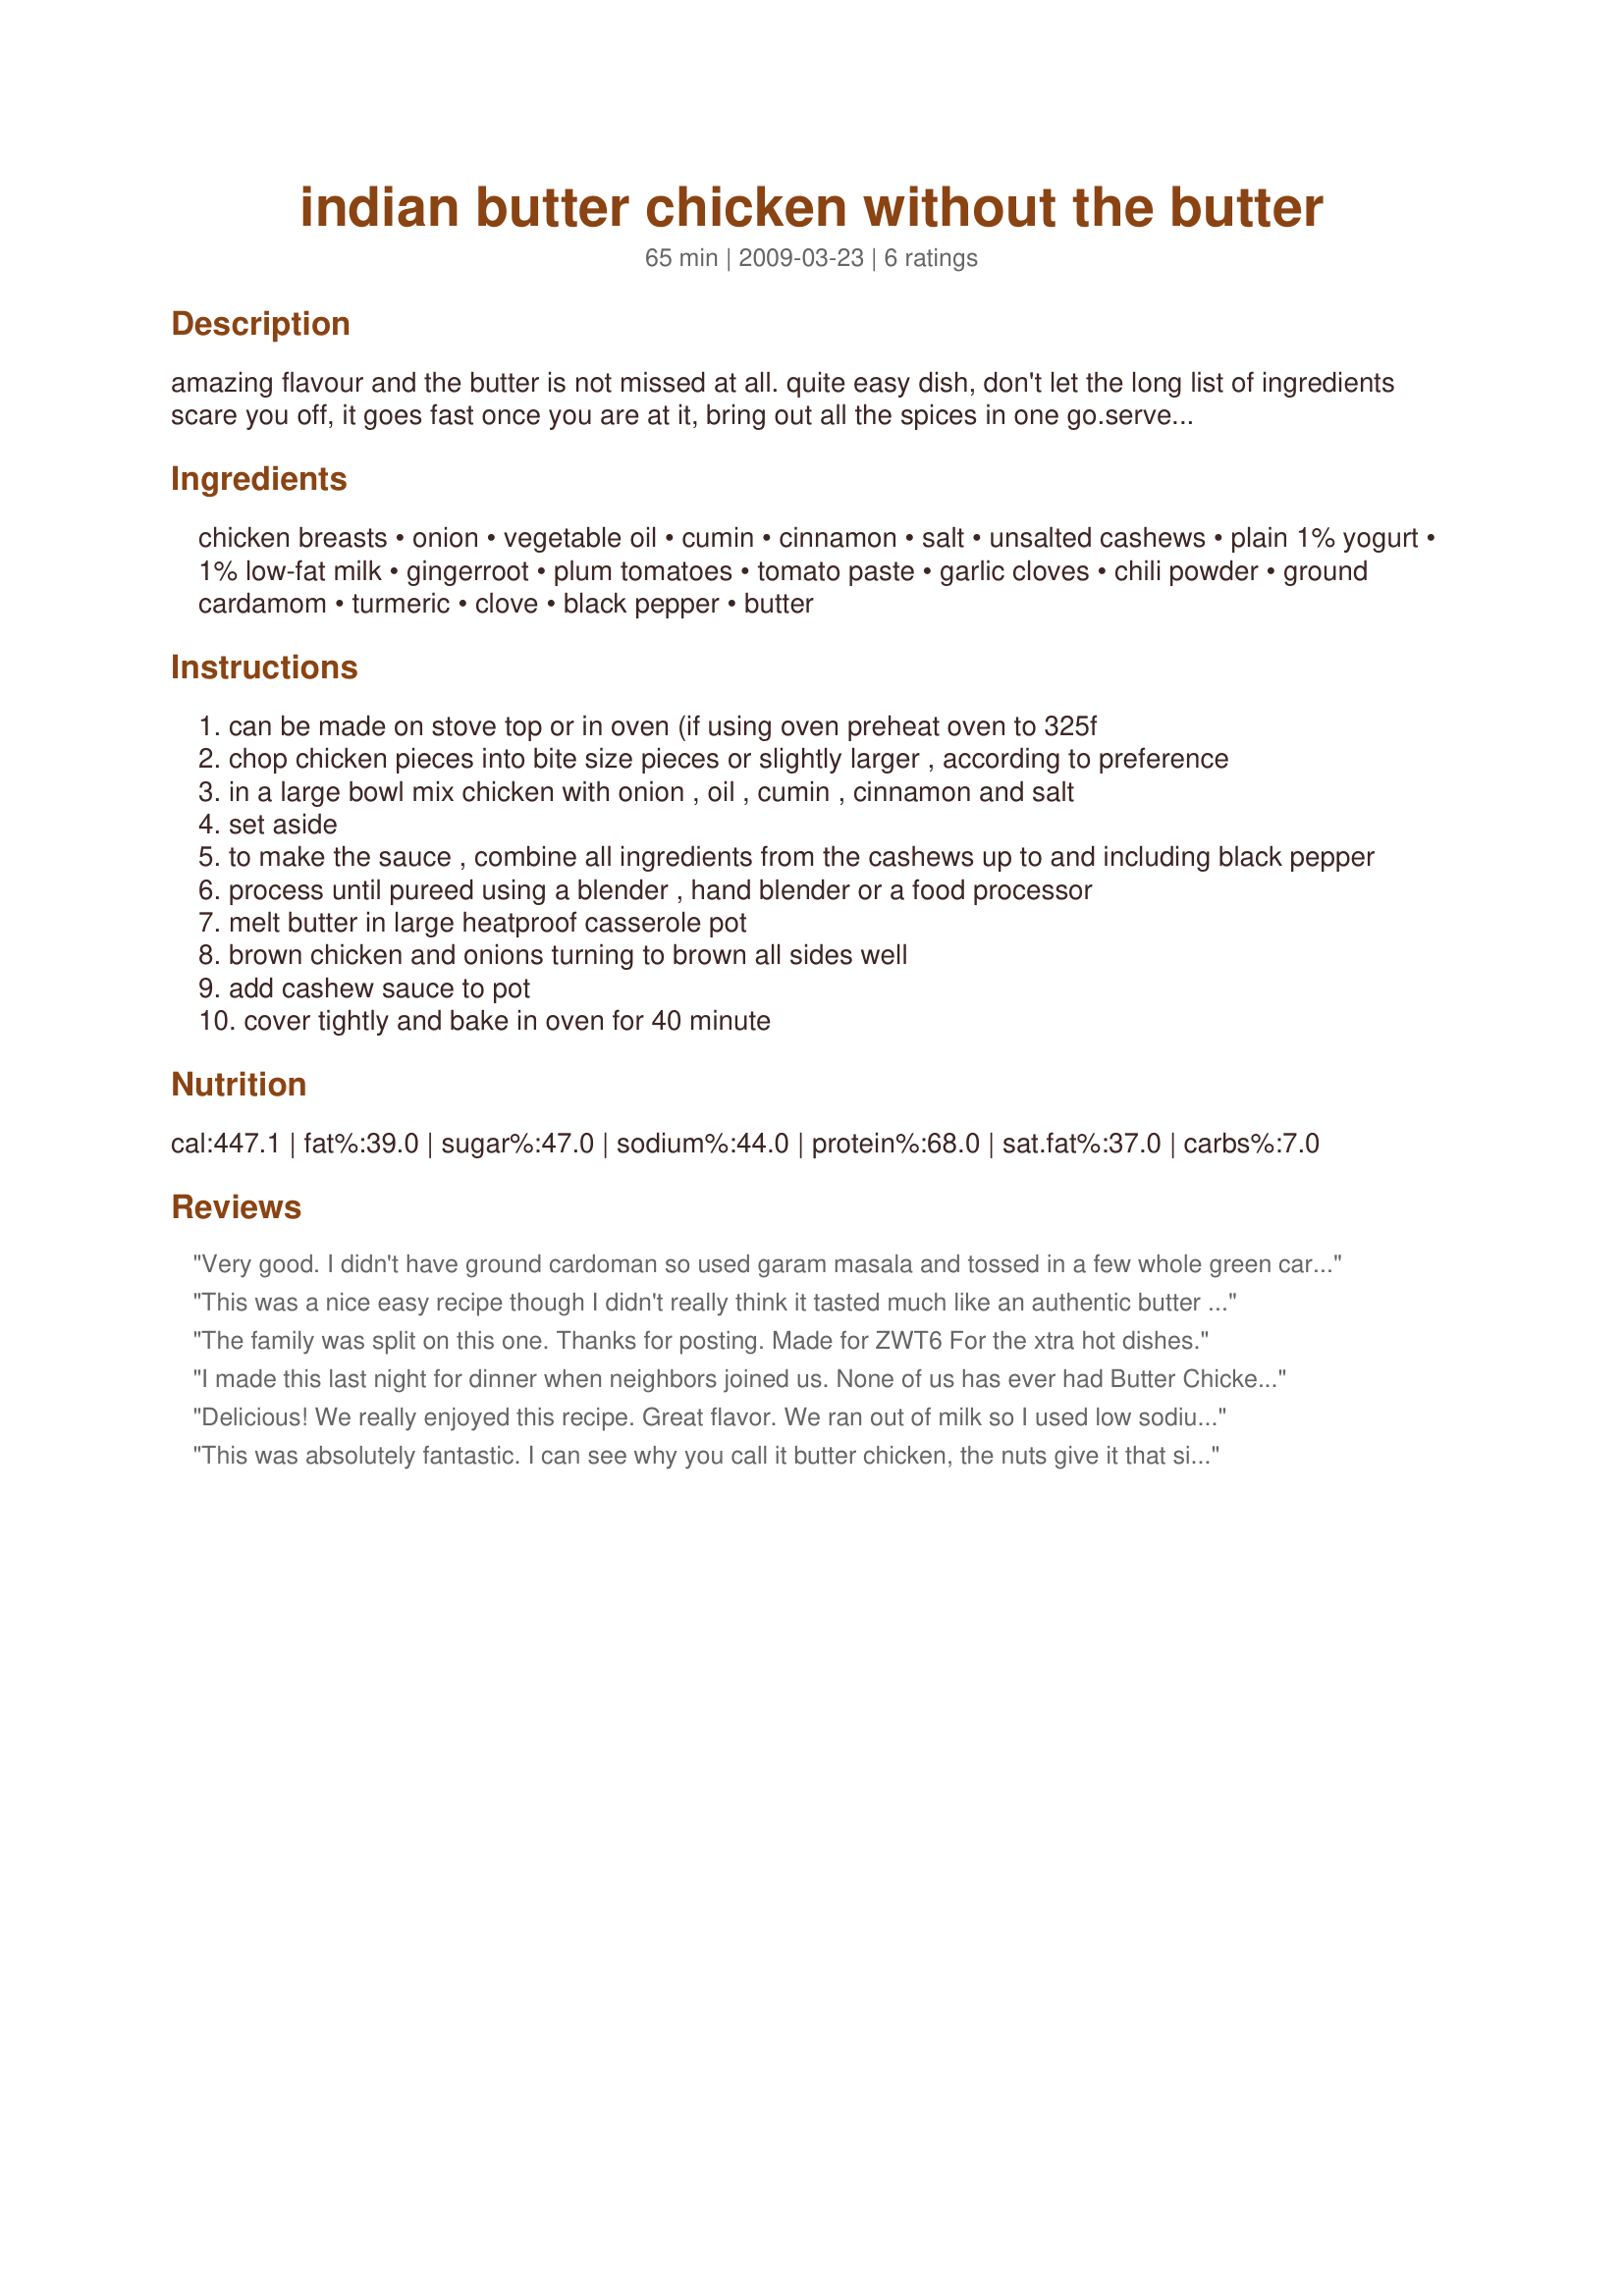
indian butter chicken without the butter
Preparation time: 65 minutes

amazing flavour and the butter is not missed at all. quite easy dish, don't let the long list of ingredients scare you off, it goes fast once you are at it, bring out all the spices in one go.serve with rice and pappadums

Ingredients:
chicken breasts, onion, vegetable oil, cumin, cinnamon, salt, unsalted cashews, plain 1% yogurt, 1% low-fat milk, gingerroot, plum tomatoes, tomato paste, garlic cloves, chili powder, ground cardamom, turmeric, clove, black pepper, butter

Steps:
can be made on stove top or in oven (if using oven preheat oven to 325f
chop chicken pieces into bite size pieces or slightly larger , according to preference
in a large bowl mix chicken with onion , oil , cumin , cinnamon and salt
set aside
to make the sauce , combine all ingredients from the cashews up to and including black pepper
process until pureed using a blender , hand blender or a food processor
melt butter in large heatproof casserole pot
brown chicken and onions turning to brown all sides well
add cashew sauce to pot
cover tightly and bake in oven for 40 minute

Reviews:
Very good.
I didn't have ground cardoman so used garam masala and tossed in a few whole green cardomons to the pot. I omitted the tomato paste since I find it often overpowers or lessen the spice flavour.
We like our butter chicken a bit spicier so next time I will add some green chilis to the mix.
Easy to put together .
Served with basmati rice
Made for 1,2,3 Hit Wonders
This was a nice easy recipe though I didn't really think it tasted much like an authentic butter chicken. I added the tomato paste since I like a thicker sauce but it ended up looking curdled so I had to add chicken broth to thin it out a bit.
The family was split on this one. Thanks for posting. Made for ZWT6 For the xtra hot dishes.
I made this last night for dinner when neighbors joined us. None of us has ever had Butter Chicken so we had nothing to compare it to. There were four of us and reviews went from 3 to 5 so I gave the recipe and average of 4. This was easy enough for me to cook while visiting with everyone in the kitchen and there was a lot of surprise when the cashews came out. It was served with brown rice, a green salad and ginger iced tea. I'll make this again! P.S. No tomato paste in mine.
Delicious! We really enjoyed this recipe. Great flavor. We ran out of milk so I used low sodium chicken broth. I served it with Recipe #353583. Thank you for the recipe. Made for Went to the Market tag.
This was absolutely fantastic. I can see why you call it butter chicken, the nuts give it that silky texture. I love it. So easy to make to once you pull out your spice box, gentle but full flavored. Served with another fantastic recipe, Recipe #221732 that i think is wrongly named, it should be "lemon rice with aromatics" that is designed for curries. Hidden gem, posted in 2007 and not reviewed until tonight..perfect for this dish or any other indian dish.
